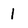
Character: 1